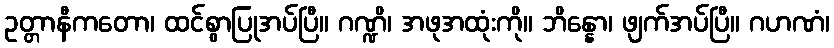
ဥတ္တာနီကတော၊ ထင်စွာပြုအပ်ပြီ။ ဂဏ္ဍိ၊ အဖုအထုံးကို။ ဘိန္နော၊ ဖျက်အပ်ပြီ။ ဂဟဏံ၊